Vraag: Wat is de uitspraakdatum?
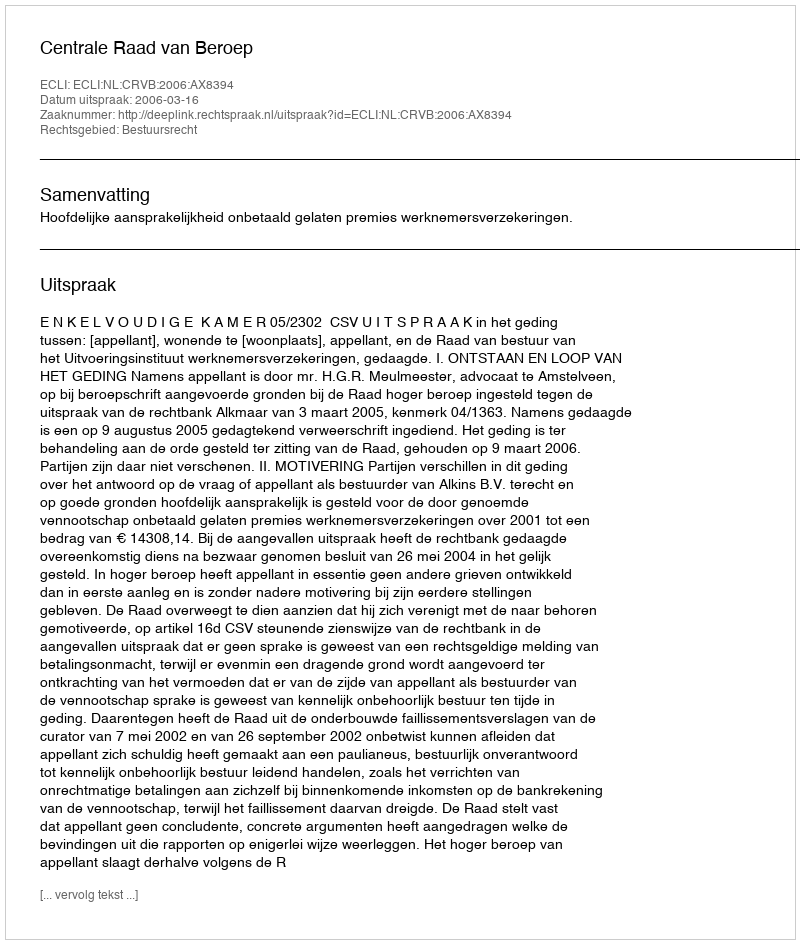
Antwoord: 2006-03-16